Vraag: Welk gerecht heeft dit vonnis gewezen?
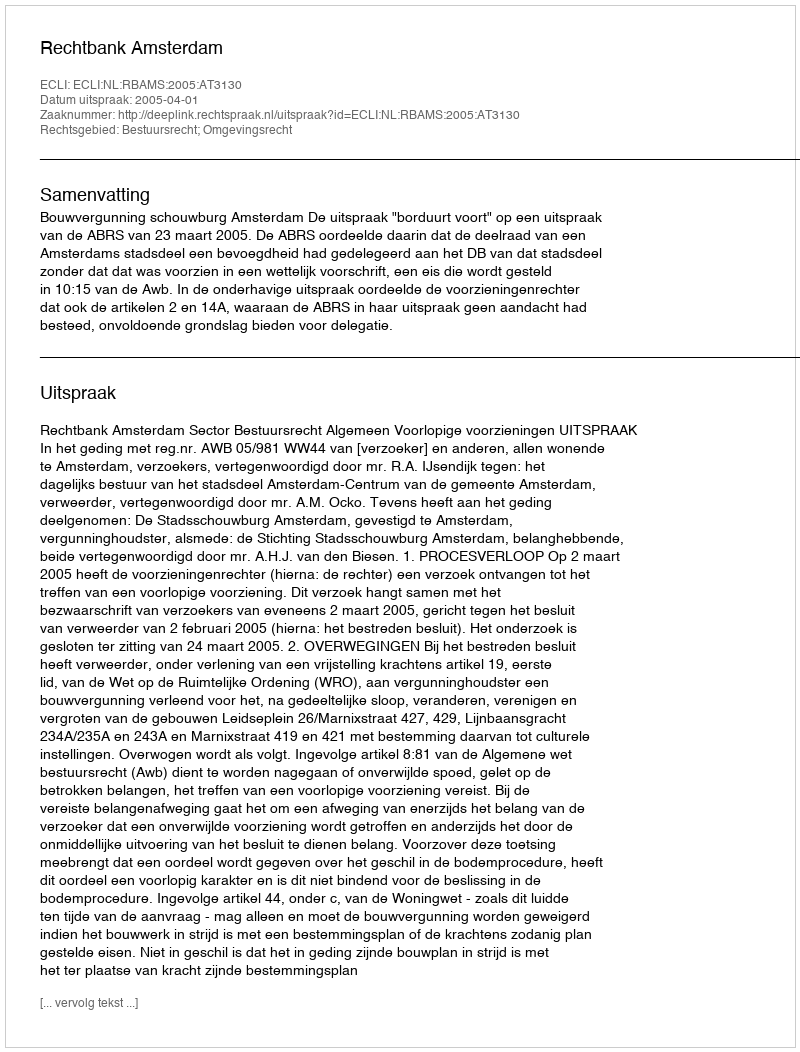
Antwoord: Rechtbank Amsterdam